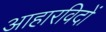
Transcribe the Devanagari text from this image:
आहारविदों